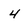
Character: 4